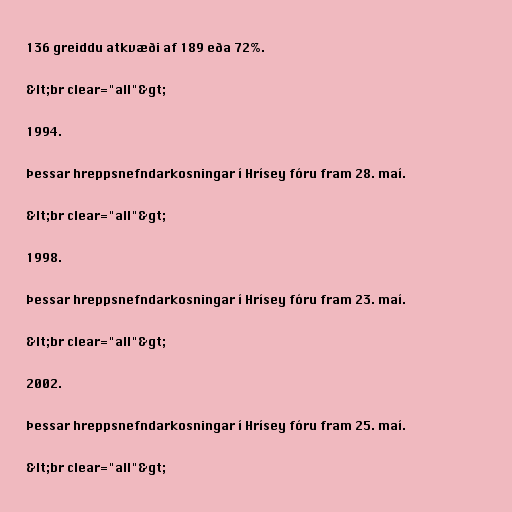
136 greiddu atkvæði af 189 eða 72%.

&lt;br clear="all"&gt;

1994.

Þessar hreppsnefndarkosningar í Hrísey fóru fram 28. maí.

&lt;br clear="all"&gt;

1998.

Þessar hreppsnefndarkosningar í Hrísey fóru fram 23. maí.

&lt;br clear="all"&gt;

2002.

Þessar hreppsnefndarkosningar í Hrísey fóru fram 25. maí.

&lt;br clear="all"&gt;